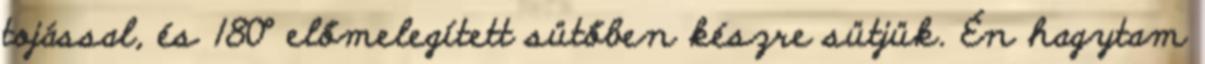
tojással, és 180° előmelegített sütőben készre sütjük. Én hagytam